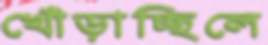
খোঁড়াচ্ছিলে